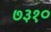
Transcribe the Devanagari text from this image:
७३१०